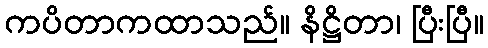
ကပိတာကထာသည်။ နိဋ္ဌိတာ၊ ပြီးပြီ။